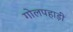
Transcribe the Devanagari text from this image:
गोलपहाड़ी